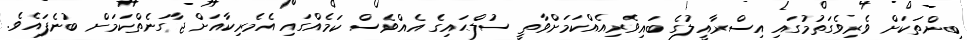
ބިންތަކަށް ވެރިވެގަތުމުގައި އިސްރާއީލުގެ ބައިވެރިއެއްކަމަށްވާތީ ސުލްޙައިގެ އެއްވެސް ކަމެއްގައި އެމެރިކާއަށް ޖާގަނެތްކަމަށް ބުނެފައެވެ.